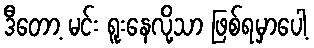
ဒီတော့ မင်း ရူးနေလို့သာ ဖြစ်ရမှာပေါ့